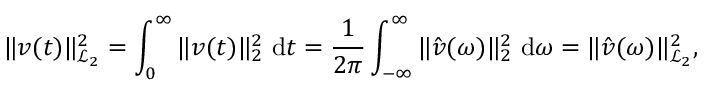
\| \b { v } ( t ) \| _ { \mathcal { L } _ { 2 } } ^ { 2 } = \int _ { 0 } ^ { \infty } \| \b { v } ( t ) \| _ { 2 } ^ { 2 } ~ \mathrm { d } t = \frac { 1 } { 2 \pi } \int _ { - \infty } ^ { \infty } \| \hat { \b { v } } ( \omega ) \| _ { 2 } ^ { 2 } ~ \mathrm { d } \omega = \| \hat { \b { v } } ( \omega ) \| _ { \mathcal { L } _ { 2 } } ^ { 2 } ,